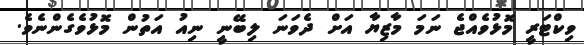
ވިކްޓަރީ މޮޅުވެއްޖެ ނަމަ މާޒިޔާ އަށް ދެވަނަ ލިބޭނީ ނިއު އަތުން މޮޅުވެގެންނެވެ.